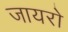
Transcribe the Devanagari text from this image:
जायरो